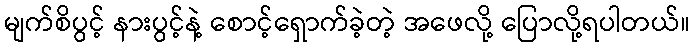
မျက်စိပွင့် နားပွင့်နဲ့ စောင့်ရှောက်ခဲ့တဲ့ အဖေလို့ ပြောလို့ရပါတယ်။